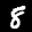
Label: 8